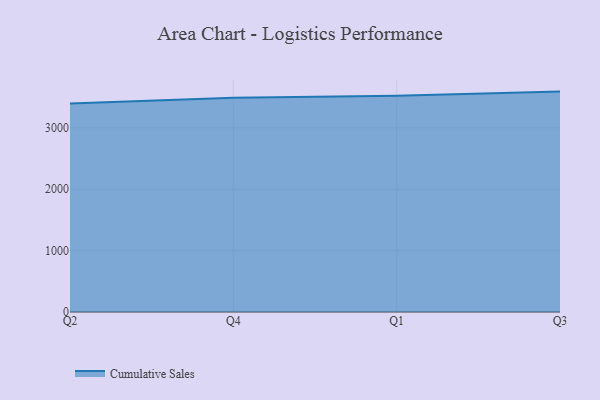
{"axis": {"x": "Quarter", "y": "Budget (USD K)"}, "legend": ["Cumulative Sales"], "data": [{"x": "Q2", "y": 3395.9, "type": "Cumulative Sales"}, {"x": "Q4", "y": 3488.5, "type": "Cumulative Sales"}, {"x": "Q1", "y": 3523.2, "type": "Cumulative Sales"}, {"x": "Q3", "y": 3590.0, "type": "Cumulative Sales"}]}